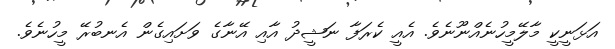
އަޅަނީކީ މާލޭމީހުނެއްނޫނެވެ. އެއީ ކެރަފާ ނަޝީދު އާއި އޭނާގެ ވަށައިގެން އެނބުރޭ މީހުނެވެ.